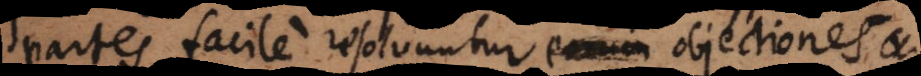
partes, facile resolvuntur eorum objectiones e